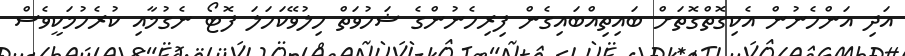
އަދި އަންހެނުން އެކިގޮތްގޮތަށް ބައިތިއްބައިގެން ފިރިހެނުންގެ ޝަހުވަތް ހިލުވޭކަހަލަ ފޮޓޯ ނެގުމާއި ކުރެހުމަކީވެސް